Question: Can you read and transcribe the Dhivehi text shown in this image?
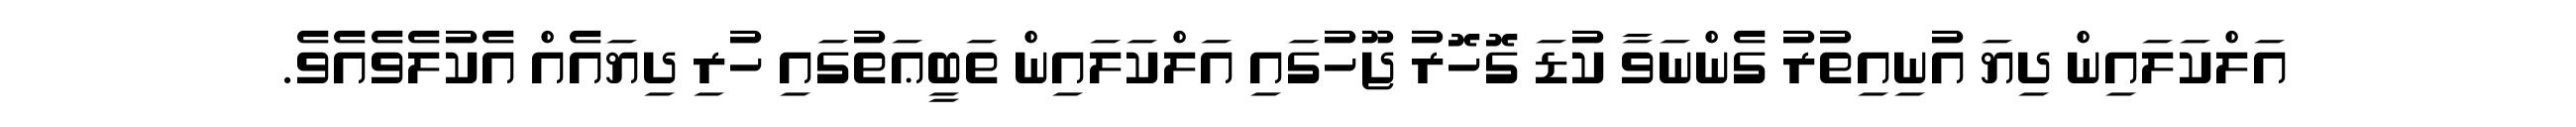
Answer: އަލްކަލައިން ދިޔަ އުނިއިތުރު ގެންނަވާ ކުޑަ ގޮހޮރު ޖޫހުގައި އަލްކަލައިން ތަބީޢަތުގައި ހުރި ދިޔައެއް އެކުލެވެއެވެ.